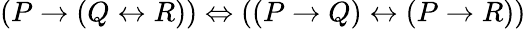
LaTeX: (P\to(Q\leftrightarrow R))\Leftrightarrow((P\to Q)\leftrightarrow(P\to R))